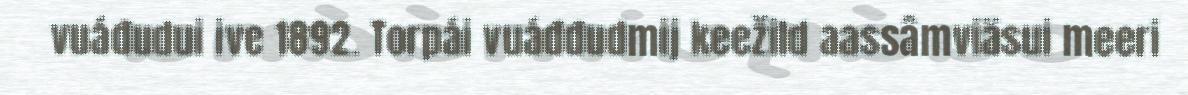
vuáđudui ive 1892. Torpái vuáđđudmij keežild aassâmviäsui meeri